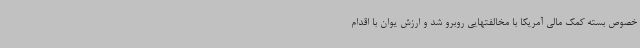
خصوص بسته کمک مالی آمریکا با مخالفتهایی روبرو شد و ارزش یوان با اقدام